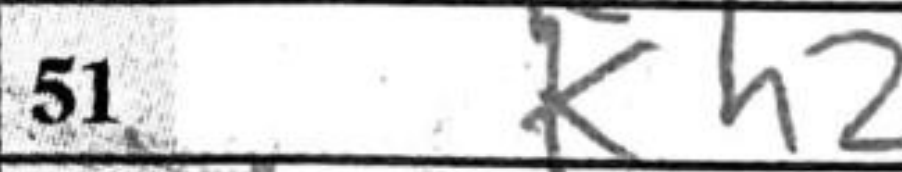
Transcription: Kh2